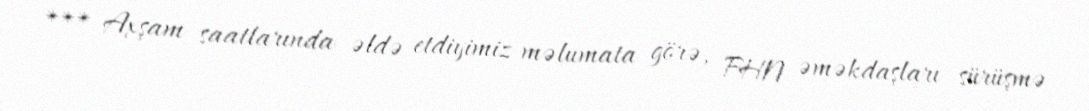
*** Axşam saatlarında əldə etdiyimiz məlumata görə, FHN əməkdaşları sürüşmə